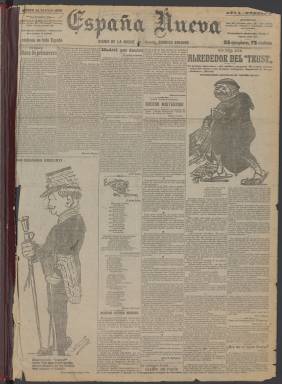
Título: España nueva (Madrid. 1906)
Colección: Periódicos
Ámbito geográfico: Madrid
Lugar de publicación: Madrid
Fechas: 11/05/1906-15/04/1917